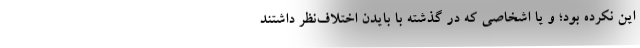
این‌ نکرده بود؛ و یا اشخاصی که در گذشته با بایدن اختلاف‌نظر داشتند